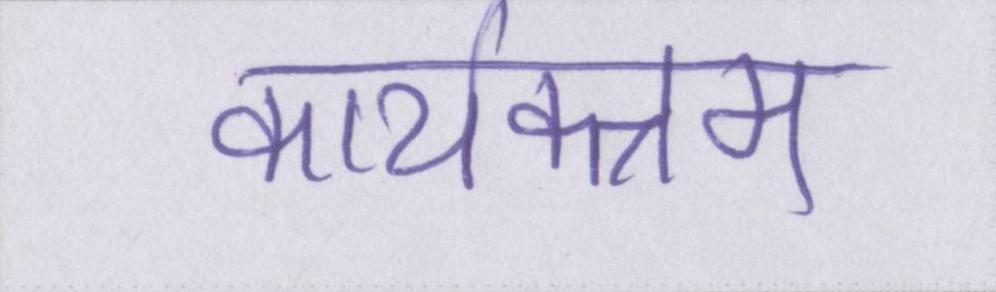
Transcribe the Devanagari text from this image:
कार्यक्त्रम